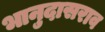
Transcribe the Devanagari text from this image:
भानुदासराव